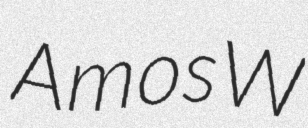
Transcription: Amos W